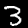
Digit: 3